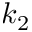
k _ { 2 }